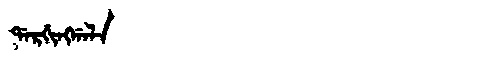
Manchu: ᡩᠠᡵᡤᡳᠩᡤᠠᠯᠠ
Romanization: DARGINGGALA